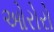
ઓરોરો